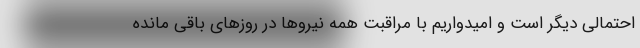
احتمالی دیگر است و امیدواریم با مراقبت همه نیروها در روزهای باقی مانده